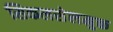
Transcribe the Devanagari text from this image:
सिकलसेलमुक्त